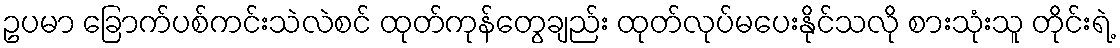
ဥပမာ ခြောက်ပစ်ကင်းသဲလဲစင် ထုတ်ကုန်တွေချည်း ထုတ်လုပ်မပေးနိုင်သလို စားသုံးသူ တိုင်းရဲ့